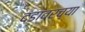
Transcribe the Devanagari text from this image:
दंडावरच्या